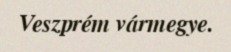
Veszprém vármegye.